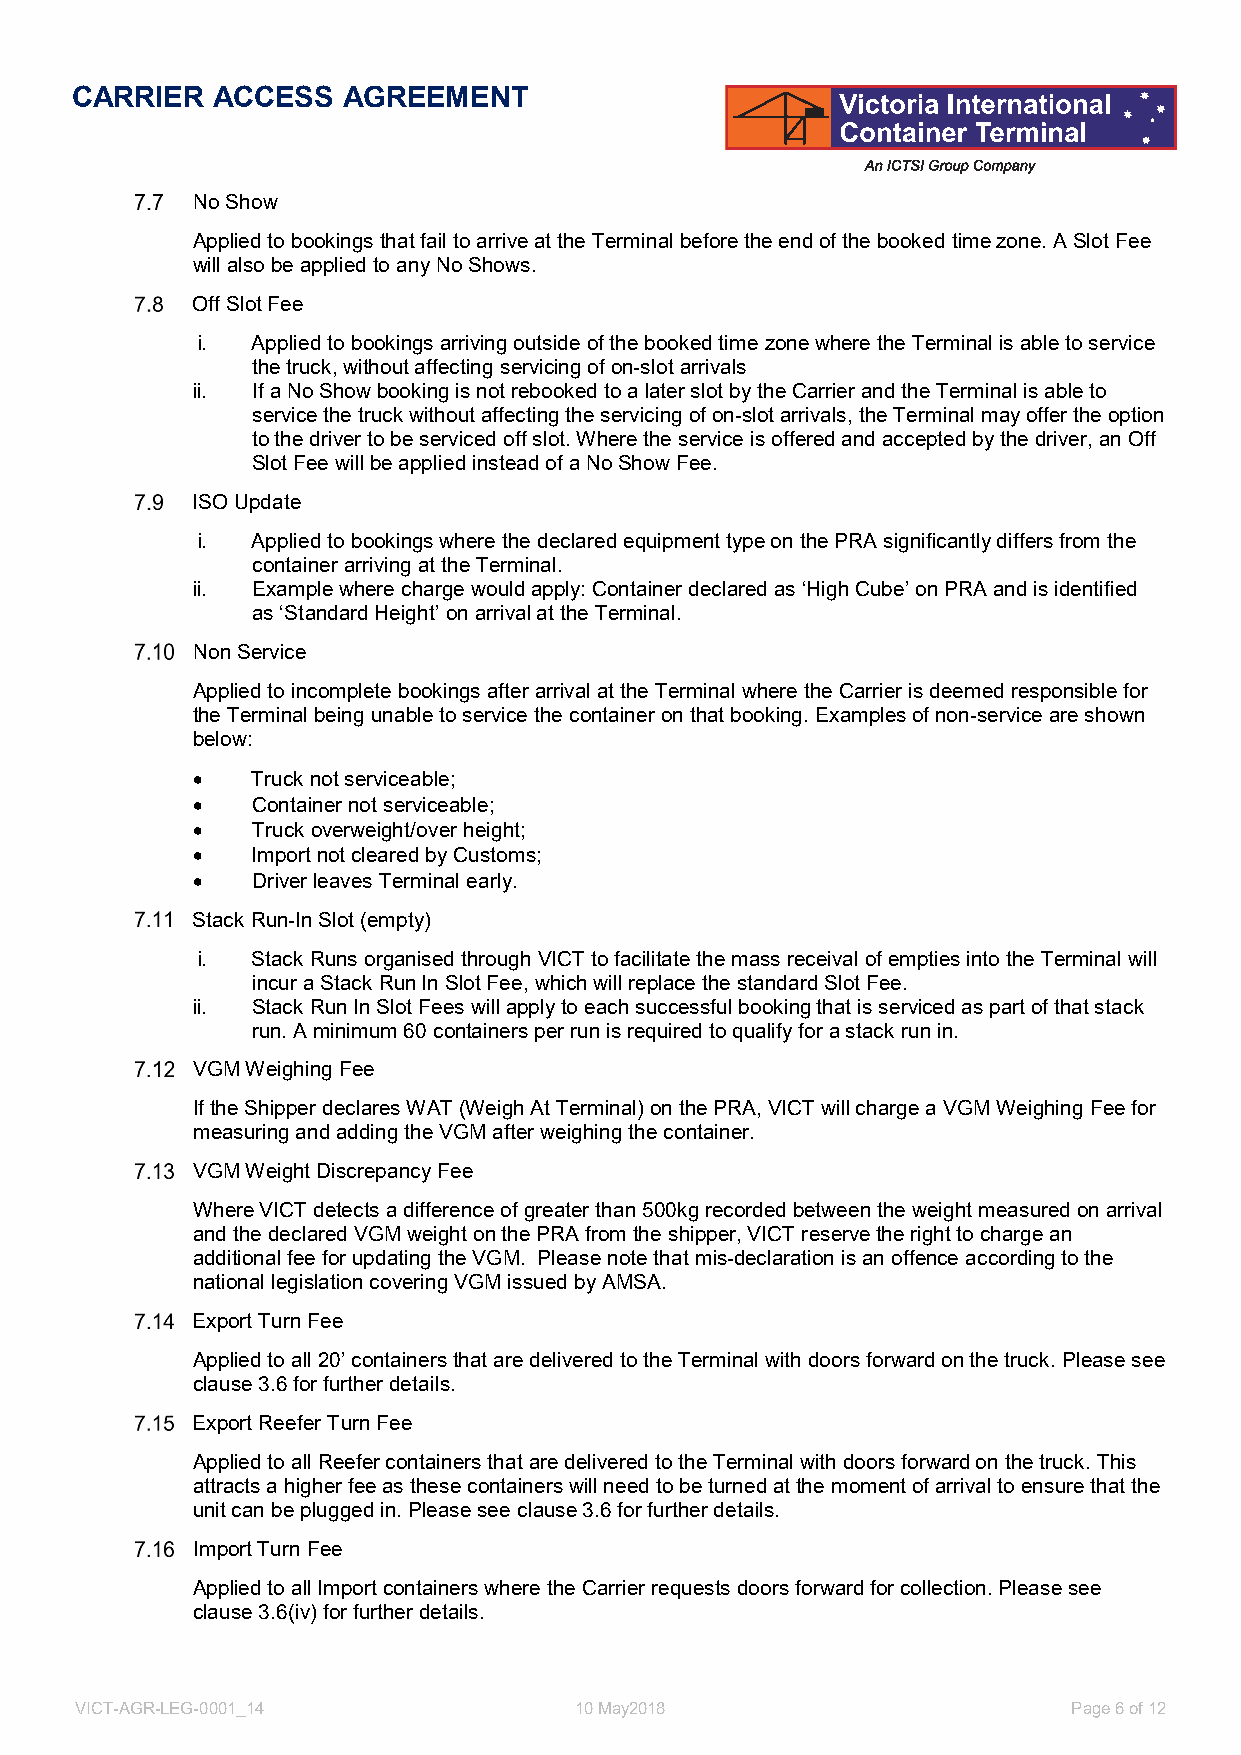
CARRIER  ACCESS   AGREEMENT
 No Show
 Applied to bookings that fail to arrive at the Terminal before the end of the booked time zone. A Slot Fee
 will also be applied to any No Shows.
 Off Slot Fee
 i.  Applied to bookings arriving outside of the booked time zone where the Terminal is able to service
 the truck, without affecting servicing of on-slot arrivals
 ii. If a No Show booking is not rebooked to a later slot by the Carrier and the Terminal is able to
 service the truck without affecting the servicing of on-slot arrivals, the Terminal may offer the option
 to the driver to be serviced off slot. Where the service is offered and accepted by the driver, an Off
 Slot Fee will be applied instead of a No Show Fee.
 ISO Update
 i.  Applied to bookings where the declared equipment type on the PRA significantly differs from the
 container arriving at the Terminal.
 ii. Example where charge would apply: Container declared as ‘High Cube’ on PRA and is identified
 as ‘Standard Height’ on arrival at the Terminal.
 Non Service
 Applied to incomplete bookings after arrival at the Terminal where the Carrier is deemed responsible for
 the Terminal being unable to service the container on that booking. Examples of non-service are shown
 below:
    Truck not serviceable;
    Container not serviceable;
    Truck overweight/over height;
    Import not cleared by Customs;
    Driver leaves Terminal early.
 Stack Run-In Slot (empty)
 i.  Stack Runs organised through VICT to facilitate the mass receival of empties into the Terminal will
 incur a Stack Run In Slot Fee, which will replace the standard Slot Fee.
 ii. Stack Run In Slot Fees will apply to each successful booking that is serviced as part of that stack
 run. A minimum 60 containers per run is required to qualify for a stack run in.
 VGM Weighing Fee
 If the Shipper declares WAT (Weigh At Terminal) on the PRA, VICT will charge a VGM Weighing Fee for
 measuring and adding the VGM after weighing the container.
 VGM Weight Discrepancy Fee
 Where VICT detects a difference of greater than 500kg recorded between the weight measured on arrival
 and the declared VGM weight on the PRA from the shipper, VICT reserve the right to charge an
 additional fee for updating the VGM. Please note that mis-declaration is an offence according to the
 national legislation covering VGM issued by AMSA.
 Export Turn Fee
 Applied to all 20’ containers that are delivered to the Terminal with doors forward on the truck. Please see
 clause 3.6 for further details.
 Export Reefer Turn Fee
 Applied to all Reefer containers that are delivered to the Terminal with doors forward on the truck. This
 attracts a higher fee as these containers will need to be turned at the moment of arrival to ensure that the
 unit can be plugged in. Please see clause 3.6 for further details.
 Import Turn Fee
 Applied to all Import containers where the Carrier requests doors forward for collection. Please see
 clause 3.6(iv) for further details.
 VICT-AGR-LEG-0001_14             10 May2018                       Page 6 of 12